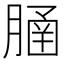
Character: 𦞞